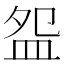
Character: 盌